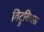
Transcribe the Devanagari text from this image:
विट्रुवियस